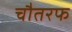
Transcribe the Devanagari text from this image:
चौतरफ